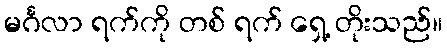
မင်္ဂလာ ရက်ကို တစ် ရက် ရှေ့ တိုးသည်။